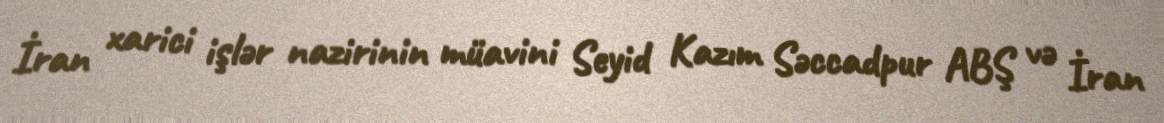
İran xarici işlər nazirinin müavini Seyid Kazım Səccadpur ABŞ və İran